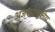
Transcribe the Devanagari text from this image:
अजस्ररेणूकीय